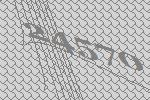
24570